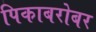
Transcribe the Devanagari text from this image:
पिकाबरोबर